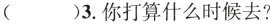
（ ）3.你打算什么时候去？